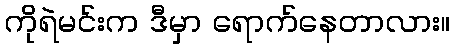
ကိုရဲမင်းက ဒီမှာ ရောက်နေတာလား။